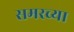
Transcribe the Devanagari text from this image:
समरच्या